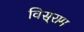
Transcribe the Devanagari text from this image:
विस्‌राम